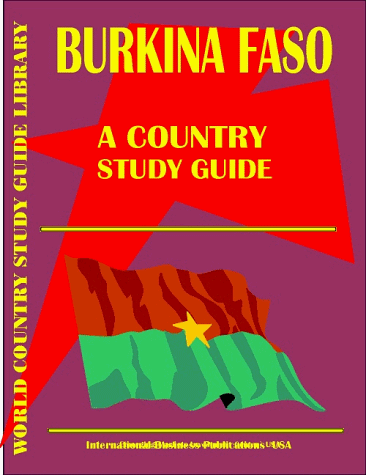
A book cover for Burkina Faso Country; Ibp Usa; Travel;